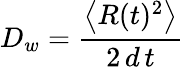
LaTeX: D_{w}=\frac{\left\langle R(t)^{2}\right\rangle}{2\, d\, t}